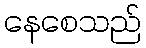
နေစေသည်